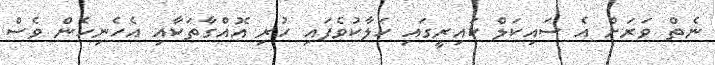
ނެތް ވަރަށް އެ ސައިކަލް ކައިރީގައި ހަލާކުވެފައި ހުރި އޮއްގާތަކާއި އެހެނިހެން ވެސް